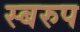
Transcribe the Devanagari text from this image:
स्बरुप